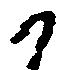
か